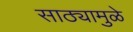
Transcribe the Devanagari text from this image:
साठ्यामुळे